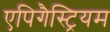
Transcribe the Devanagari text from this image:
एपिगैस्ट्रियम